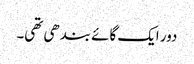
دور ایک گائے بندھی تھی۔